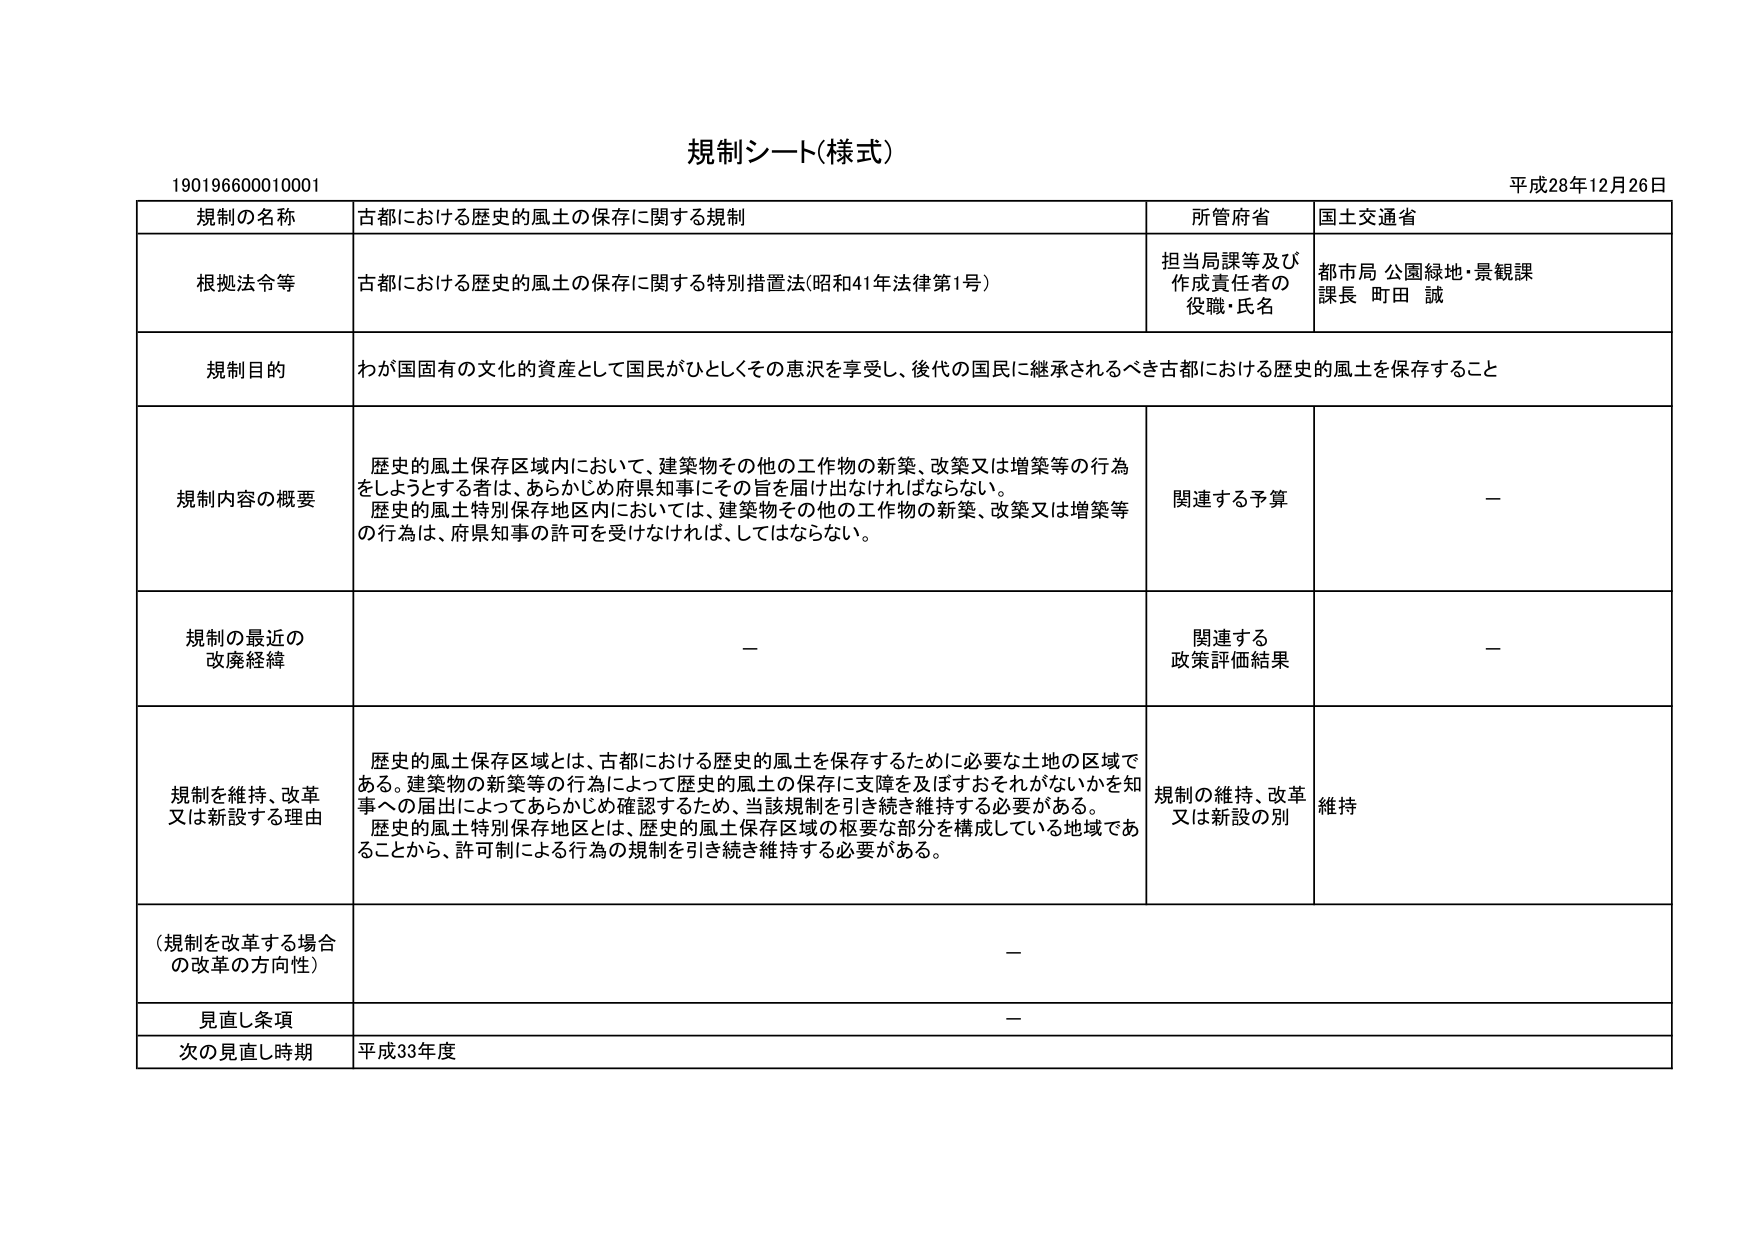
規制シート(様式)
190196600010001
平成28年12月26日

規制の名称　古都における歴史的風土の保存に関する規制
所管府省　国土交通省

根拠法令等　古都における歴史的風土の保存に関する特別措置法(昭和41年法律第1号)
担当局課等及び作成責任者の役職・氏名　都市局 公園緑地・景観課 課長 町田 誠

規制目的　わが国固有の文化的資産として国民がひとしくその恵沢を享受し、後代の国民に継承されるべき古都における歴史的風土を保存すること

規制内容の概要　歴史的風土保存区域内において、建築物その他の工作物の新築、改築又は増築等の行為をしようとする者は、あらかじめ府県知事にその旨を届け出なければならない。
歴史的風土特別保存地区内においては、建築物その他の工作物の新築、改築又は増築等の行為は、府県知事の許可を受けなければ、してはならない。
関連する予算　－

規制の最近の改廃経緯　－
関連する政策評価結果　－

規制を維持、改革又は新設する理由　歴史的風土保存区域とは、古都における歴史的風土を保存するために必要な土地の区域である。建築物の新築等の行為によって歴史的風土の保存に支障を及ぼすおそれがないかを知事への届出によってあらかじめ確認するため、当該規制を引き続き維持する必要がある。
歴史的風土特別保存地区とは、歴史的風土保存区域の枢要な部分を構成している地域であることから、許可制による行為の規制を引き続き維持する必要がある。
規制の維持、改革又は新設の別　維持

（規制を改革する場合の改革の方向性）　－

見直し条項　－

次の見直し時期　平成33年度